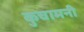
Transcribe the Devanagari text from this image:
कुचामनी